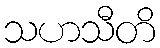
သဟသီတိ